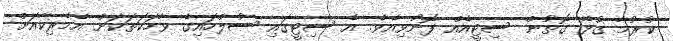
ކުރުމާ ގުޅޭ ގޮތުން ސިޓީއެއް ފޮނުވިއެވެ. އެ ސިޓީގައި ސުލްހައިގެ ވާހަކަތަކަށް އެމެރިކާއަށް